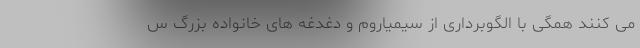
می کنند همگی با الگوبرداری از سیمیاروم و دغدغه های خانواده بزرگ س